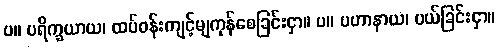
ပ။ ပရိက္ခယာယ၊ ထပ်ဝန်းကျင့်မျကုန်စေခြင်းငှာ။ ပ။ ပဟာနာယ၊ ပယ်ခြင်းငှာ။